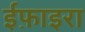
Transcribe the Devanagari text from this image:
ईफ़ाइरा